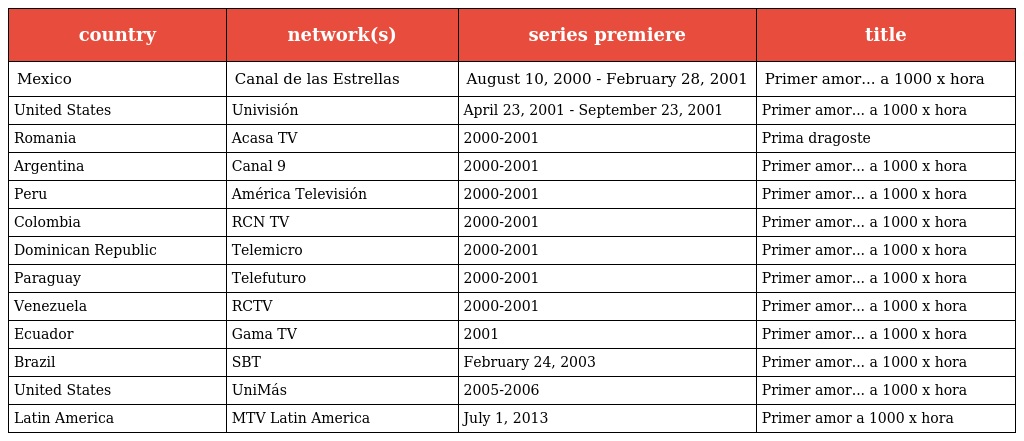
| country | network(s) | series premiere | title |
 | --- | --- | --- | --- |
 | Mexico | Canal de las Estrellas | August 10, 2000 - February 28, 2001 | Primer amor... a 1000 x hora |
 | United States | Univisión | April 23, 2001 - September 23, 2001 | Primer amor... a 1000 x hora |
 | Romania | Acasa TV | 2000-2001 | Prima dragoste |
 | Argentina | Canal 9 | 2000-2001 | Primer amor... a 1000 x hora |
 | Peru | América Televisión | 2000-2001 | Primer amor... a 1000 x hora |
 | Colombia | RCN TV | 2000-2001 | Primer amor... a 1000 x hora |
 | Dominican Republic | Telemicro | 2000-2001 | Primer amor... a 1000 x hora |
 | Paraguay | Telefuturo | 2000-2001 | Primer amor... a 1000 x hora |
 | Venezuela | RCTV | 2000-2001 | Primer amor... a 1000 x hora |
 | Ecuador | Gama TV | 2001 | Primer amor... a 1000 x hora |
 | Brazil | SBT | February 24, 2003 | Primer amor... a 1000 x hora |
 | United States | UniMás | 2005-2006 | Primer amor... a 1000 x hora |
 | Latin America | MTV Latin America | July 1, 2013 | Primer amor a 1000 x hora |